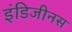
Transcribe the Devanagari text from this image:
इंडिजीनस